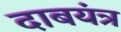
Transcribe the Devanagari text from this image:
दाबयंत्र